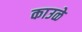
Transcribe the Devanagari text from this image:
काउळे